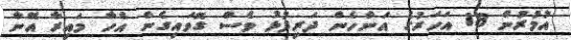
އުމުރުން 18 އަހަރުގެ އަންހެން ދަރިފުޅު ވެސް ގޮވައިގެން އެހާ މައިރާ އޭނާ